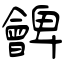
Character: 朇